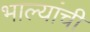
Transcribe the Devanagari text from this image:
भाल्यांची